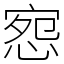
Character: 惌